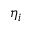
\eta _ { i }